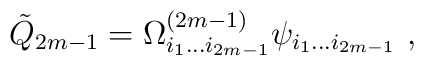
{\tilde Q}_{2m-1}=\Omega^{(2m-1)}_{i_1\dots i_{2m-1}}\psi_{i_1\dots  i_{2m-1}}                           \ ,